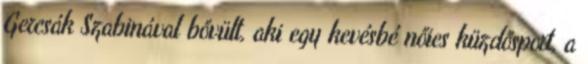
Gercsák Szabinával bővült, aki egy kevésbé nőies küzdősport, a